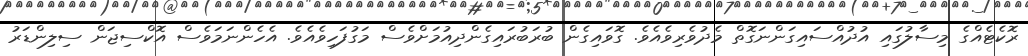
ރޮކެޓެއްގެ މިސާލުގައި އުދުއްސައިގަންނަގޮތް މެދުވެރިވެއެވެ. ގޮވައިގެން ބުރަބުރައިގެންދިއުމަށްވެސް މަގުފަހިވެއެވެ. އެހެންނަމަވެސް އޮކްސިޖަން ސިލިންޑަރު